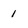
Character: 1